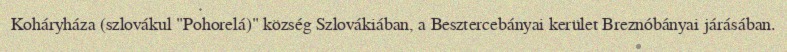
Koháryháza (szlovákul "Pohorelá)" község Szlovákiában, a Besztercebányai kerület Breznóbányai járásában.